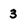
Character: 3